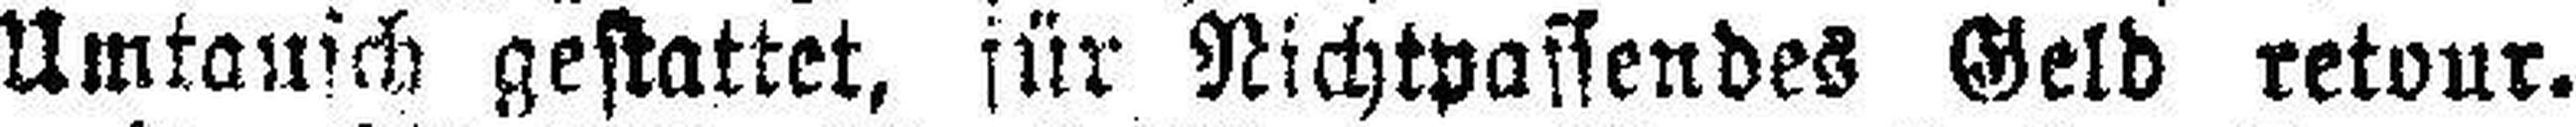
Umtausch gestattet, für Nichtpassendes Geld retour.